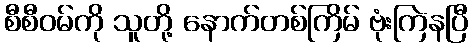
စီစီဝမ်ကို သူတို့ နောက်တစ်ကြိမ် ဗုံးကြဲနပြီ